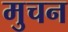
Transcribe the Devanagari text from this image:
मुचन